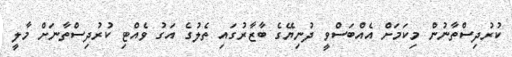
ކުރުދިސްތާނުން މިކަމަށް އެއްބަސްވީ ދުނިޔޭގެ ބާޒާރުގައި ތެލުގެ އަގު ވެއްޓި ކުރުދިސްތާނަށް މާލީ